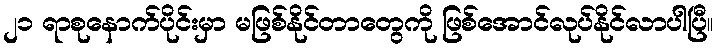
၂၁ ရာစုနောက်ပိုင်းမှာ မဖြစ်နိုင်တာတွေကို ဖြစ်အောင်လုပ်နိုင်လာပါပြီ။